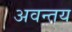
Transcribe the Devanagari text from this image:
अवन्तय